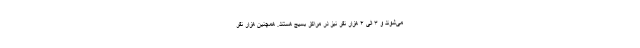
می‌شوند و ۳ الی ۴ هزار نفر نیز در مراکز بسیج هستند. همچنین هزار نفر